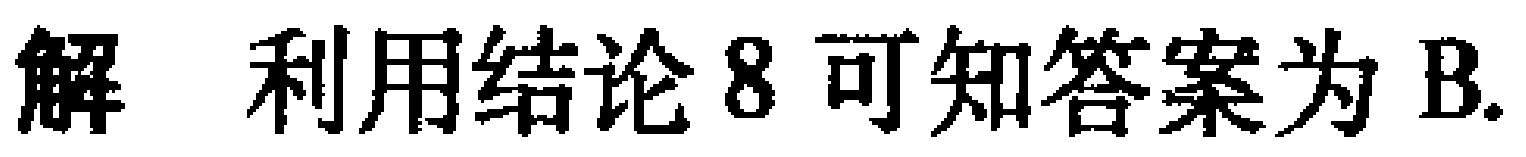
解 利用结论8可知答案为B.